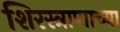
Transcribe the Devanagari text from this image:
शिरस्त्राणाच्या